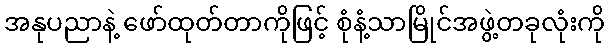
အနုပညာနဲ့ ဖော်ထုတ်တာကိုဖြင့် စုံနံ့သာမြိုင်အဖွဲ့တခုလုံးကို